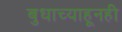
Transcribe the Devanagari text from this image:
बुधाच्याहूनही